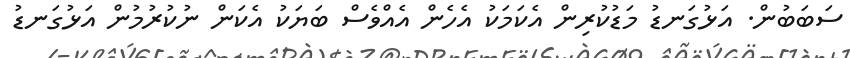
ސަބަބުން. އަޅުގަނޑު މަޑުކުރިން އެކަމަކު އެހެން އެއްވެސް ބަޔަކު އެކަން ނުކުރުމުން އަޅުގަނޑު